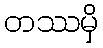
တဿမှိ